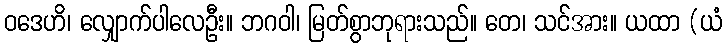
ဝဒေဟိ၊ လျှောက်ပါလေဦး။ ဘဂဝါ၊ မြတ်စွာဘုရားသည်။ တေ၊ သင်အား။ ယထာ (ယံ